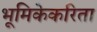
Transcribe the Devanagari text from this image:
भूमिकेकरिता